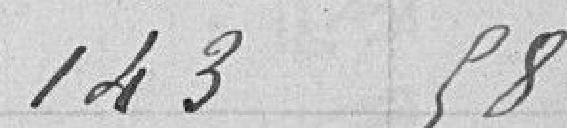
143,58